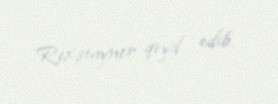
Rexştayner qeyd edib.